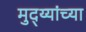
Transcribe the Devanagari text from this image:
मुद्य्यांच्या